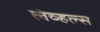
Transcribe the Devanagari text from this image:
लेव्हल्स